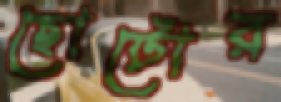
ছোটোর